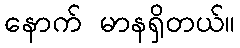
နောက် မာနရှိတယ်။